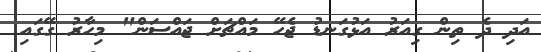
އަދި ދެ ތިން ގިއަރު އަޅުގަނޑު ޖެހޭ މައްޗަށް ޖައްސަން" މިހާރު ގޭގައި